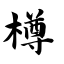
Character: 樽